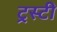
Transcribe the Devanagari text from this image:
ट्रस्‍टी